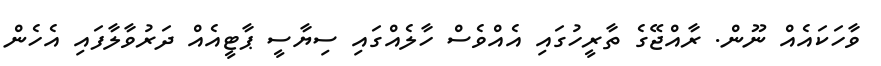
ވާހަކައެއް ނޫން. ރާއްޖޭގެ ތާރީހުގައި އެއްވެސް ހާލެއްގައި ސިޔާސީ ޕާޓީއެއް ދަރުވާލާފައި އެހެން